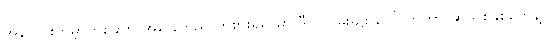
အွန်လိုင်းကမ္ဘာတစ်ခုကို အခြေတည် ကစားရရာမှာ ဒီလို ဂိမ်းမျိုး ပေါ်လာတာ ဆယ်စုနှစ်တွေနဲ့